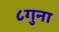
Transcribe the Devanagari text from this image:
८गुना